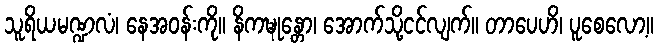
သူရိယမဏ္ဍလံ၊ နေအဝန်းကို။ နိကဍ္ဎုန္တော၊ အောက်သို့ငင်လျက်။ တာပေဟိ၊ ပူစေလော့။